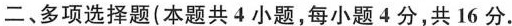
二、多项选择题(本题共4小题，每小题4分，共16分.